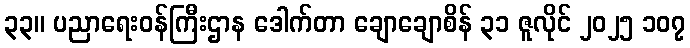
၃၃။ ပညာရေးဝန်ကြီးဌာန ဒေါက်တာ ချောချောစိန် ၃၁ ဇူလိုင် ၂၀၂၅ ၁၀၇